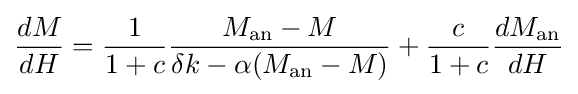
{\frac {dM}{dH}}={\frac {1}{1+c}}{\frac {M_{\text{an}}-M}{\delta k-\alpha (M_{\text{an}}-M)}}+{\frac {c}{1+c}}{\frac {dM_{\text{an}}}{dH}}